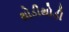
થોડીથોડી